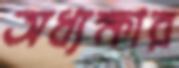
অধ্যক্ষার